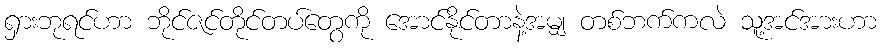
ရှားဘုရင်ဟာ ဘိုင်ဇင်တိုင်တပ်တွေကို အောင်နိုင်တာနဲ့အမျှ တစ်ဘက်ကလဲ သူ့အင်အားဟာ